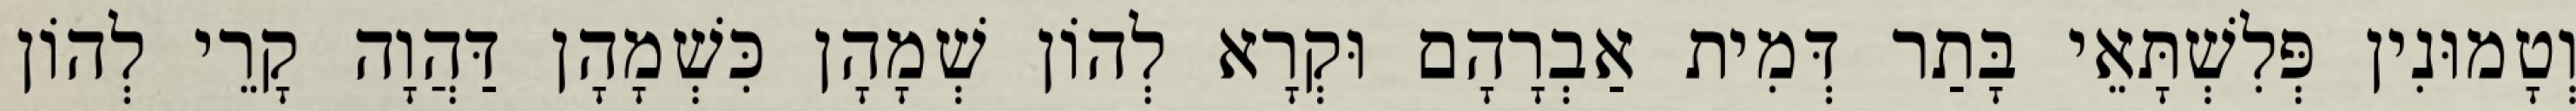
וְטָמוּנִין פְּלִשְׁתָּאֵי בָּתַר דְּמִית אַבְרָהָם וּקְרָא לְהוֹן שְׁמָהָן כִּשְׁמָהָן דַּהֲוָה קָרֵי לְהוֹן